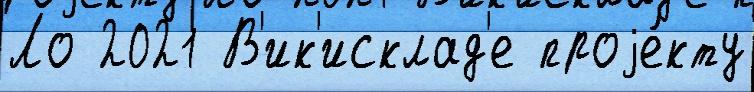
Ло 2021 В'ик'исклад'е проjе́кту